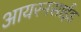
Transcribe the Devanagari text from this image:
आयरनसाईड